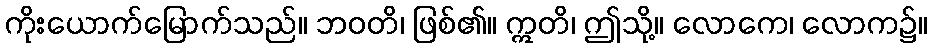
ကိုးယောက်မြောက်သည်။ ဘဝတိ၊ ဖြစ်၏။ ဣတိ၊ ဤသို့။ လောကေ၊ လောက၌။